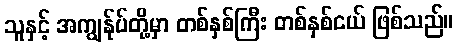
သူနှင့် အကျွန်ုပ်တို့မှာ တစ်နှစ်ကြီး တစ်နှစ်ငယ် ဖြစ်သည်။